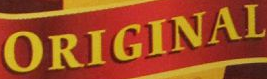
ORIGINAL